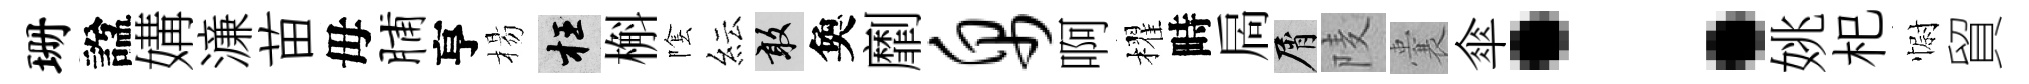
珊諡媾濓苗毋脯亨楊枉槲隂紜敢奐劘帛啊櫂畤扄屑𨹧囊傘：姚𣏌𢠢貿